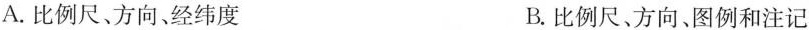
A.比例尺、方向、经纬度 B.比例尺、方向、图例和注记